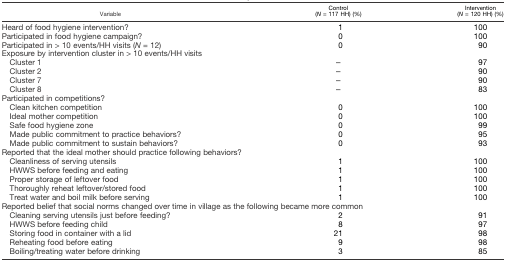
<table><thead><tr><td><b>Variable</b></td><td><b>Control (<i>N</i> = 117 HH) (%)</b></td><td><b>Intervention (<i>N</i> = 120 HH) (%)</b></td></tr></thead><tbody><tr><td>Heard of food hygiene intervention?</td><td>1</td><td>100</td></tr><tr><td>Participated in food hygiene campaign?</td><td>0</td><td>100</td></tr><tr><td>Participated in &gt; 10 events/HH visits (<i>N</i> = 12)</td><td>0</td><td>90</td></tr><tr><td colspan="3">Exposure by intervention cluster in &gt; 10 events/HH visits</td></tr><tr><td> Cluster 1</td><td>–</td><td>97</td></tr><tr><td> Cluster 2</td><td>–</td><td>90</td></tr><tr><td> Cluster 7</td><td>–</td><td>90</td></tr><tr><td> Cluster 8</td><td>–</td><td>83</td></tr><tr><td colspan="3">Participated in competitions?</td></tr><tr><td> Clean kitchen competition</td><td>0</td><td>100</td></tr><tr><td> Ideal mother competition</td><td>0</td><td>100</td></tr><tr><td> Safe food hygiene zone</td><td>0</td><td>99</td></tr><tr><td> Made public commitment to practice behaviors?</td><td>0</td><td>95</td></tr><tr><td> Made public commitment to sustain behaviors?</td><td>0</td><td>93</td></tr><tr><td colspan="3">Reported that the ideal mother should practice following behaviors?</td></tr><tr><td> Cleanliness of serving utensils</td><td>1</td><td>100</td></tr><tr><td> HWWS before feeding and eating</td><td>1</td><td>100</td></tr><tr><td> Proper storage of leftover food</td><td>1</td><td>100</td></tr><tr><td> Thoroughly reheat leftover/stored food</td><td>1</td><td>100</td></tr><tr><td> Treat water and boil milk before serving</td><td>1</td><td>100</td></tr><tr><td colspan="3">Reported belief that social norms changed over time in village as the following became more common</td></tr><tr><td> Cleaning serving utensils just before feeding?</td><td>2</td><td>91</td></tr><tr><td> HWWS before feeding child</td><td>8</td><td>97</td></tr><tr><td> Storing food in container with a lid</td><td>21</td><td>98</td></tr><tr><td> Reheating food before eating</td><td>9</td><td>98</td></tr><tr><td> Boiling/treating water before drinking</td><td>3</td><td>85</td></tr></tbody></table>